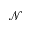
\mathcal { N }